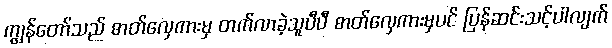
ကျွန်တော်သည် ဓာတ်လှေကားမှ တက်လာခဲ့သူပီပီ ဓာတ်လှေကားမှပင် ပြန်ဆင်းသင့်ပါလျက်